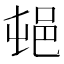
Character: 𰻣